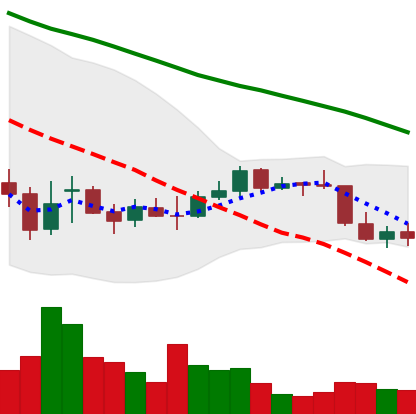
Ticker: EOS-USD
Chart end date: 2021-12-31
Forward return: -4.261%
Label: down_3_5